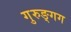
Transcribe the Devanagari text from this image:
गुरुङ्गग